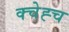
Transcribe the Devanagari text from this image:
क्चेह्च